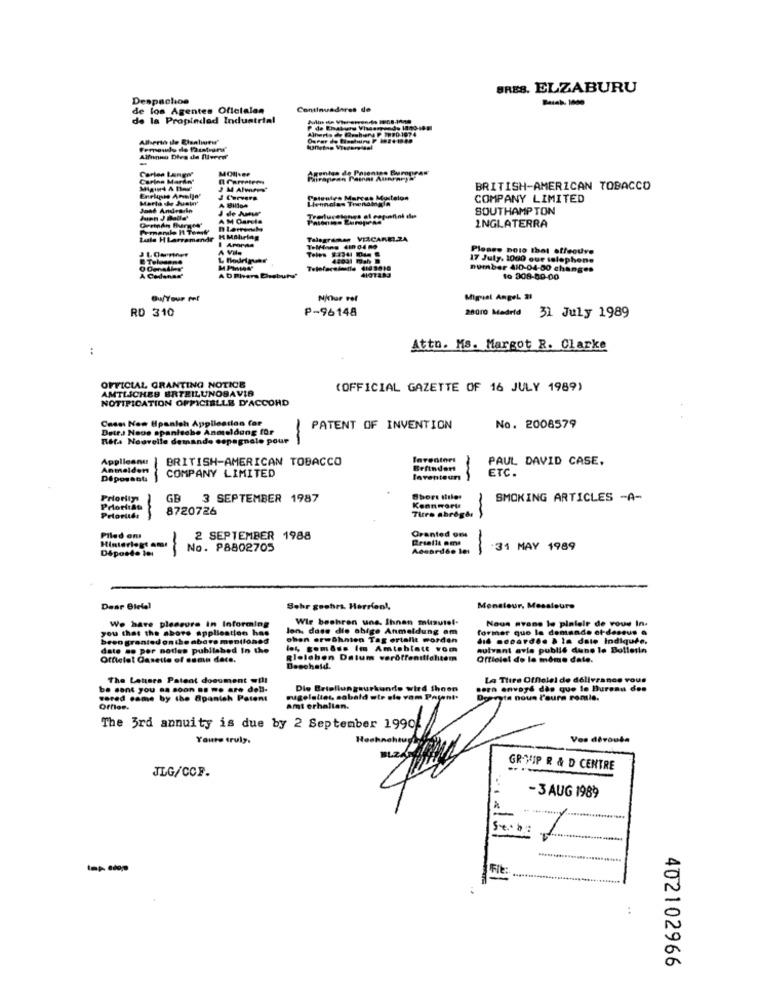
BRES. ELZABURU
Despachos
de los Agentes Oficialen
Continuadores de
de la Propiedad Industrial
Alferis de Prehere P TH20 1974
Alfonso Dies da flleerer
-
Carlos Langer
MOIveP
Agentes de Prientss Buropeas
Carino Marin"
BRITISH-AMERICAN TOBACCO
Marta che Justar
Henneles Trendingla
utre Martes Mostelon
COMPANY LIMITED
Jant Andrarko
J de Amw
SOUTHAMPTON
INGLATERRA
tuale H Larramandr
I Aromaa
Talagramas VICARELZA
Please bolo that effective
& Tolosane
42031 myhy D
17 July, 1000 our telephone
A CHanas
4101483
number 410-04-00 changes
ADThers Chebury'
to 308-80-00
Miguel Angel 21
RD 310
P-96148
28010 Madrid 31 July 1989
..
Attn. Ms. Margot R. Clarke
OFFICIAL GRANTING NOTICE
AMTLICHES BRTEILUNOBAVIA
(OFFICIAL GAZETTE OF 16 JULY 1989)
NOTIFICATION OFFICIELLE D'ACCORD
Caen Now Upanleh Application Cor
Detes Nous spanische Anmeldung for
PATENT OF INVENTION
No. 2008579
Rita Nouvelle demande espagnole pour
-
Applicant
BRITISH-AMERICAN TOBACCO
Inventori
PAUL DAVID CASE.
Anmelden
Erfindert
ETC.
Dipossoli
-
COMPANY LIMITED
laventeun
-
Priority
GB
3 SEPTEMBER 1987
Short ifilet
SMOKING ARTICLES -A-
8720726
Kennwort
Tirro abroger
Priorités
Granted om
Piled on
Hinterlegt .
2 SEPTEMBER 1988
Deposte Ier
No. P8802705
-
31 MAY 1989
Dear Bletel
Sehr goohrs. Herrlen !,
Monsieur, Messieurs
We have pleasure in Informing
Wir beehren uns, Ihnen minutel.
Nous avans le pinlelr de vous In.
you that the abors application has
lon, dass die abige Anmeldung am
former que la demande et dessus @
been granted on the above mentioned
chen erwähnten Tag ortalit worden
did noparde. & la date Indiquée,
date so por notles published In the
los, gomass Im Amtsblatt vom
suivant avle public dune le Bollerin
Offletet Casette of same dece.
gleichen Datum veröffenttlaltem
Offlelol do lo même date.
Deschald.
The Letters Patent document will
LA Titre Officiel de délivrance vous
be sent you na soon . we are doll-
Die Bristlungaurk
Ihnen
Bern envoyé dès que le Bureau des
vered came by the @panteh Patent
nuagelattes, sobald ut
.le vam Patente
Doevyta nous l'aura romie.
Offloe.
amt erhallan.
The 3rd annuity is due by 2 September 1990
Youre truly.
Vos déroule
JLG/CCF.
GR-MIP R & D CENTRE
- 3 AUG 1989
---
St.b
402102966